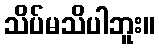
သိပ်မသိပါဘူး။